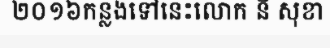
២០១៦កន្លងទៅនេះលោក នី សុខា